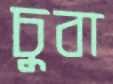
চুবা